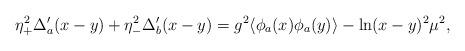
LaTeX: \begin{align*}\eta_+^2\Delta_a'(x-y)+\eta_-^2\Delta_b'(x-y) = g^2\langle\phi_a(x)\phi_a(y)\rangle - \ln(x-y)^2\mu^2,\end{align*}